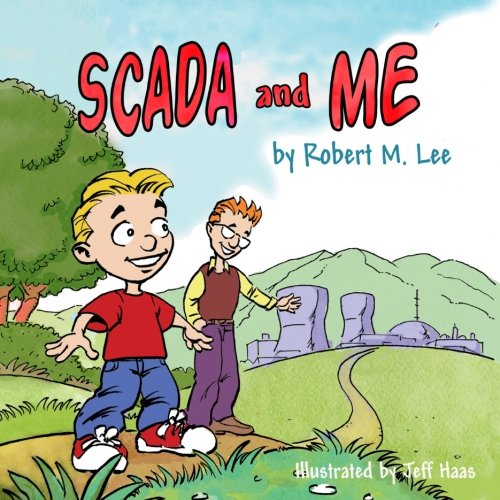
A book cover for SCADA and Me: A Book for Children and Management; Robert M. Lee; Comics & Graphic Novels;